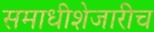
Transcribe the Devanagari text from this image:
समाधीशेजारीच